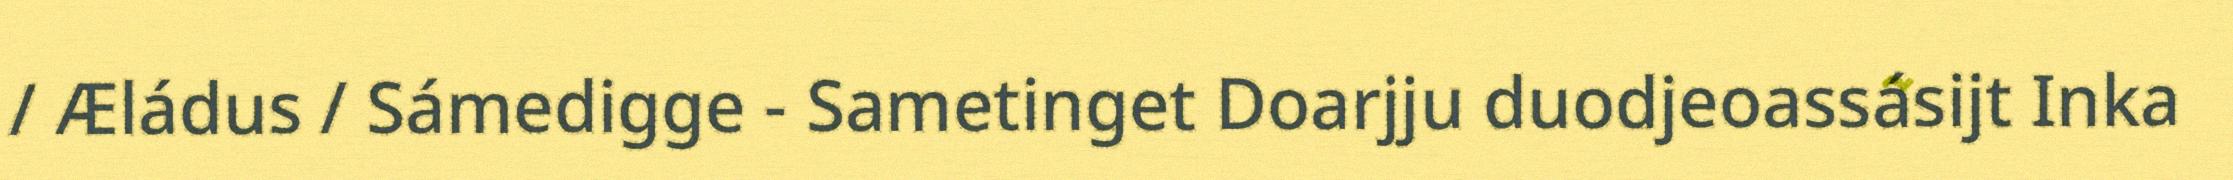
/ Æládus / Sámedigge - Sametinget Doarjju duodjeoassásijt Inka